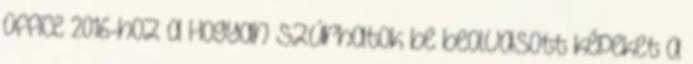
Office 2016-hoz a Hogyan szúrhatok be beolvasott képeket a